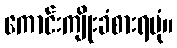
ကောင်းကျိုးခံစားရပုံ။